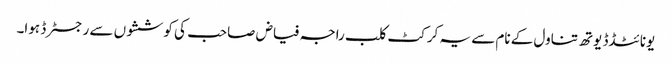
یونائٹڈڈ یوتھ تناول کے نام سے یہ کرکٹ کلب راجہ فیاض صاحب کی کوششوں سے رجسٹرڈ ہوا۔